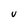
Character: V